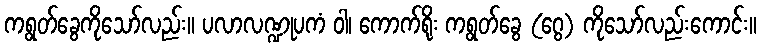
ကရွတ်ခွေကိုသော်လည်း။ ပလာလဏ္ဍုပကံ ဝါ၊ ကောက်ရိုး ကရွတ်ခွေ (ဂွေ) ကိုသော်လည်းကောင်း။